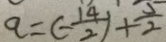
a = ( - \frac { 1 4 } { 2 } ) + \frac { 5 } { 2 }